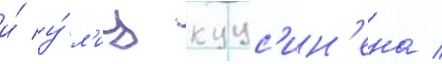
и́ у́л'иц куус'ин'ена /